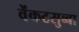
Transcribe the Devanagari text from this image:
वेंकटसुब्बा